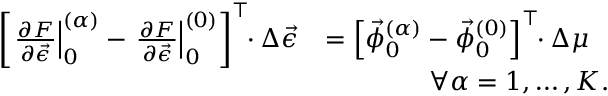
\begin{array} { r l } { \left[ \left. \frac { \partial F } { \partial \vec { \epsilon } } \right| _ { 0 } ^ { ( \alpha ) } - \left. \frac { \partial F } { \partial \vec { \epsilon } } \right| _ { 0 } ^ { ( 0 ) } \right] ^ { \top } \! \! \cdot \Delta \vec { \epsilon } } & { = \left[ \vec { \phi } _ { 0 } ^ { ( \alpha ) } - \vec { \phi } _ { 0 } ^ { ( 0 ) } \right] ^ { \top } \! \! \cdot \Delta \mu } \\ & { \qquad \qquad \forall \alpha = 1 , \ldots , K . } \end{array}